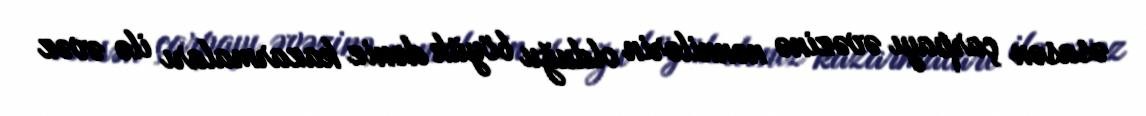
əsasən çarpayı əvəzinə nənnilərin olduğu böyük dəniz kazarmaları ilə əvəz